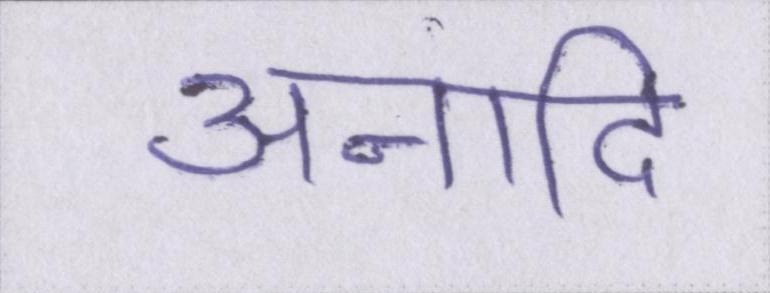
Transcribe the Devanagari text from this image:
अनादि